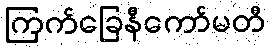
ကြက်ခြေနီကော်မတီ